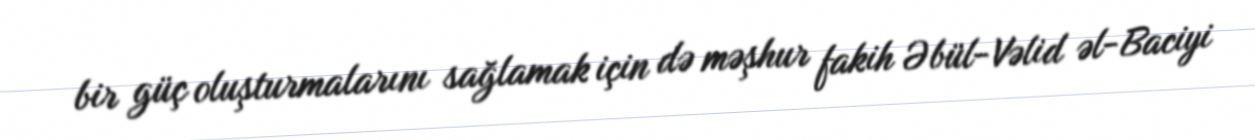
bir güç oluşturmalarını sağlamak için də məşhur fakih Əbül-Vəlid əl-Baciyi